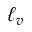
\ell _ { v }